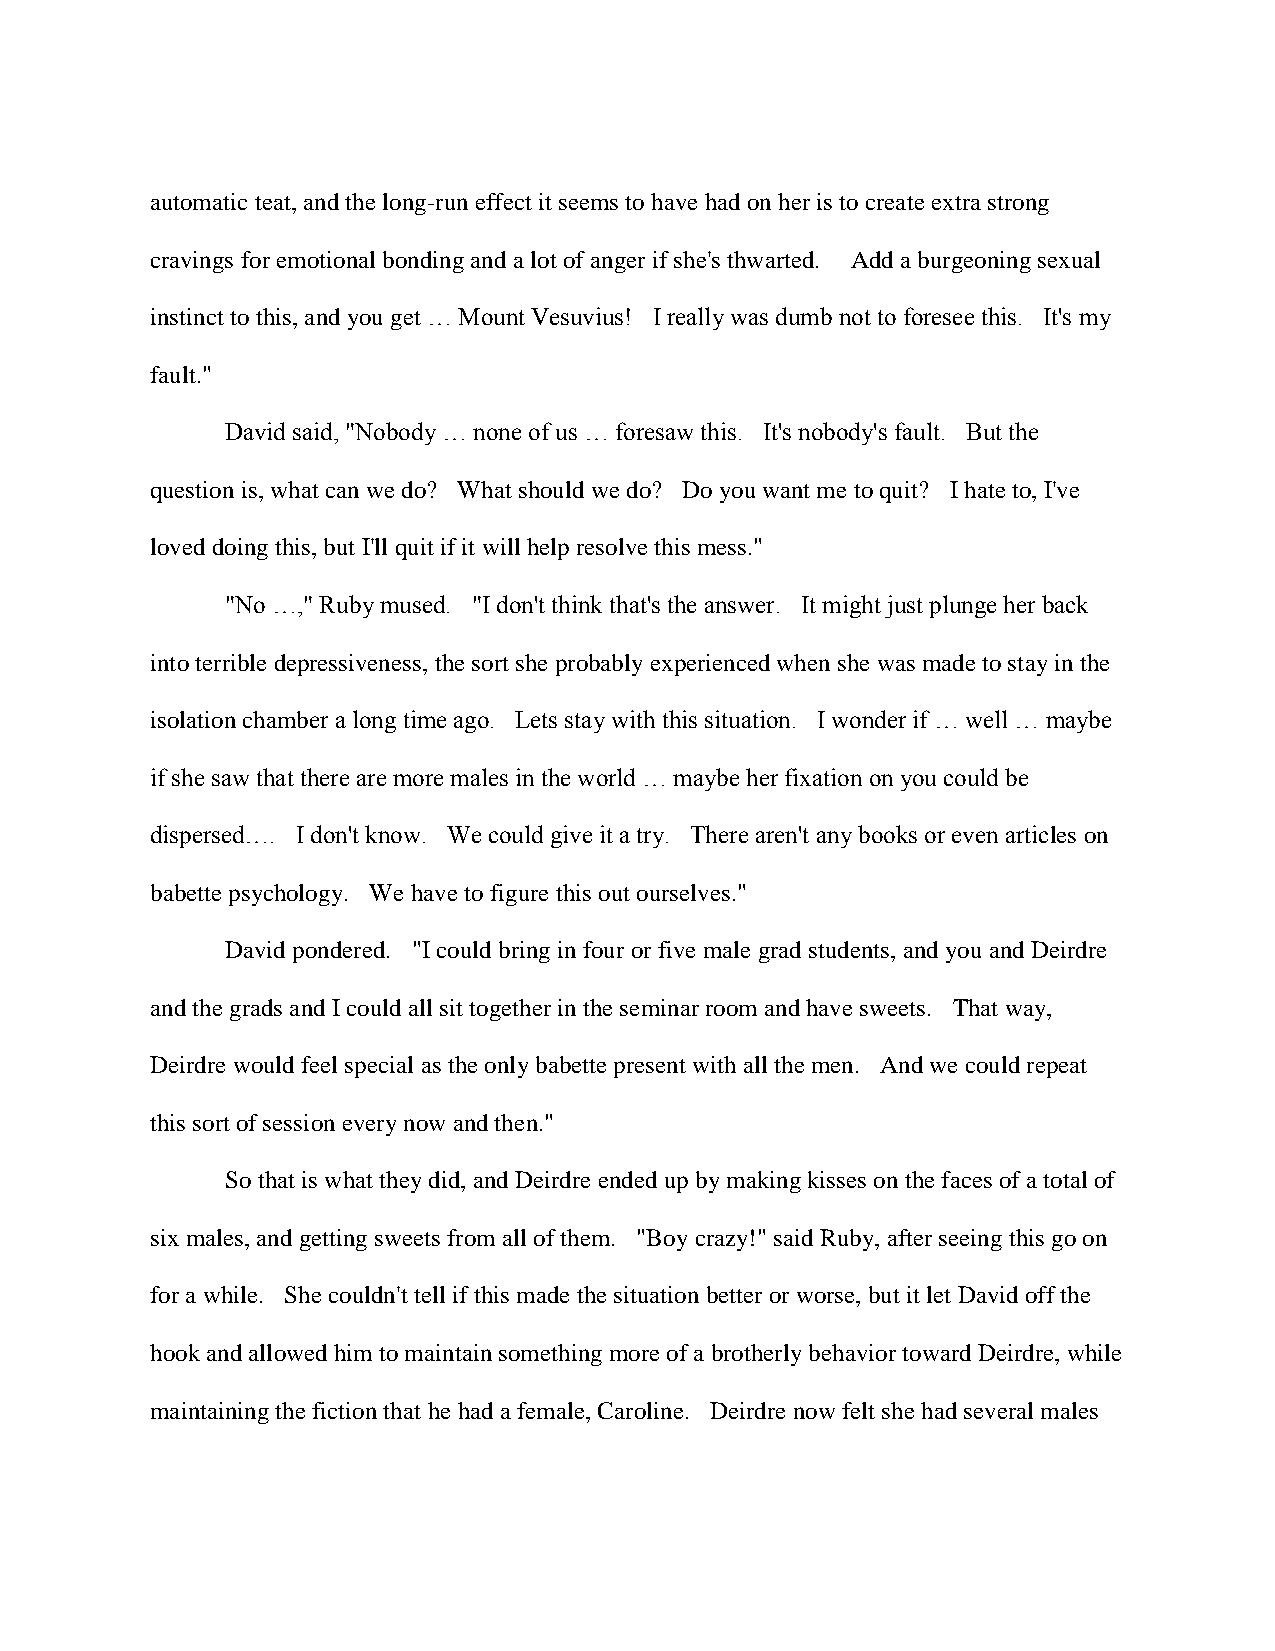
automatic teat, and the long-run effect it seems to have had on her is to create extra strong
 cravings for emotional bonding and a lot of anger if she's thwarted. Add a burgeoning sexual
 instinct to this, and you get … Mount Vesuvius! I really was dumb not to foresee this. It's my
 fault."
 David said, "Nobody … none of us … foresaw this. It's nobody's fault. But the
 question is, what can we do? What should we do? Do you want me to quit? I hate to, I've
 loved doing this, but I'll quit if it will help resolve this mess."
 "No …," Ruby mused. "I don't think that's the answer. It might just plunge her back
 into terrible depressiveness, the sort she probably experienced when she was made to stay in the
 isolation chamber a long time ago. Lets stay with this situation. I wonder if … well … maybe
 if she saw that there are more males in the world … maybe her fixation on you could be
 dispersed…. I don't know. We could give it a try. There aren't any books or even articles on
 babette psychology. We have to figure this out ourselves."
 David pondered. "I could bring in four or five male grad students, and you and Deirdre
 and the grads and I could all sit together in the seminar room and have sweets. That way,
 Deirdre would feel special as the only babette present with all the men. And we could repeat
 this sort of session every now and then."
 So that is what they did, and Deirdre ended up by making kisses on the faces of a total of
 six males, and getting sweets from all of them. "Boy crazy!" said Ruby, after seeing this go on
 for a while. She couldn't tell if this made the situation better or worse, but it let David off the
 hook and allowed him to maintain something more of a brotherly behavior toward Deirdre, while
 maintaining the fiction that he had a female, Caroline. Deirdre now felt she had several males